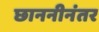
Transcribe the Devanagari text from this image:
छाननीनंतर